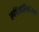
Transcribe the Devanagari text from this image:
रुचिकलिकामध्ये